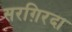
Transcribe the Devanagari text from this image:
सरग़िरदा